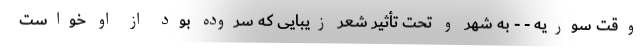
وقت سوریه - - به شهر و تحت تأثیر شعر زیبایی که سروده بود از او خواست